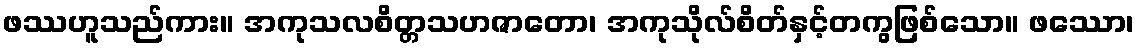
ဖဿဟူသည်ကား။ အကုသလစိတ္တသဟဇာတော၊ အကုသိုလ်စိတ်နှင့်တကွဖြစ်သော။ ဖဿော၊